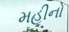
મહીનો